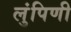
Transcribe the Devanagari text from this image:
लुंपिणी